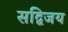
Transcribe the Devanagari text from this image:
सद्विजय